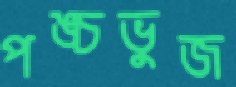
পঙ্চভুজ